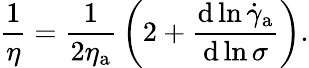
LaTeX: {\frac{1}{\eta}}={\frac{1}{2\eta_{\mathrm{a}}}}\left(2+{\frac{\mathrm{d}\ln{{\dot{\gamma}}_{\mathrm{a}}}}{\mathrm{d}\ln{\sigma}}}\right).